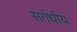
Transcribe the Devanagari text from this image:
सगंधीय